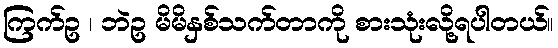
ကြက်ဥ ၊ ဘဲဥ မိမိနှစ်သက်တာကို စားသုံးလို့ရပါတယ်။